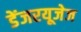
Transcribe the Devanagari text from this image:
डेंजरयूजेज